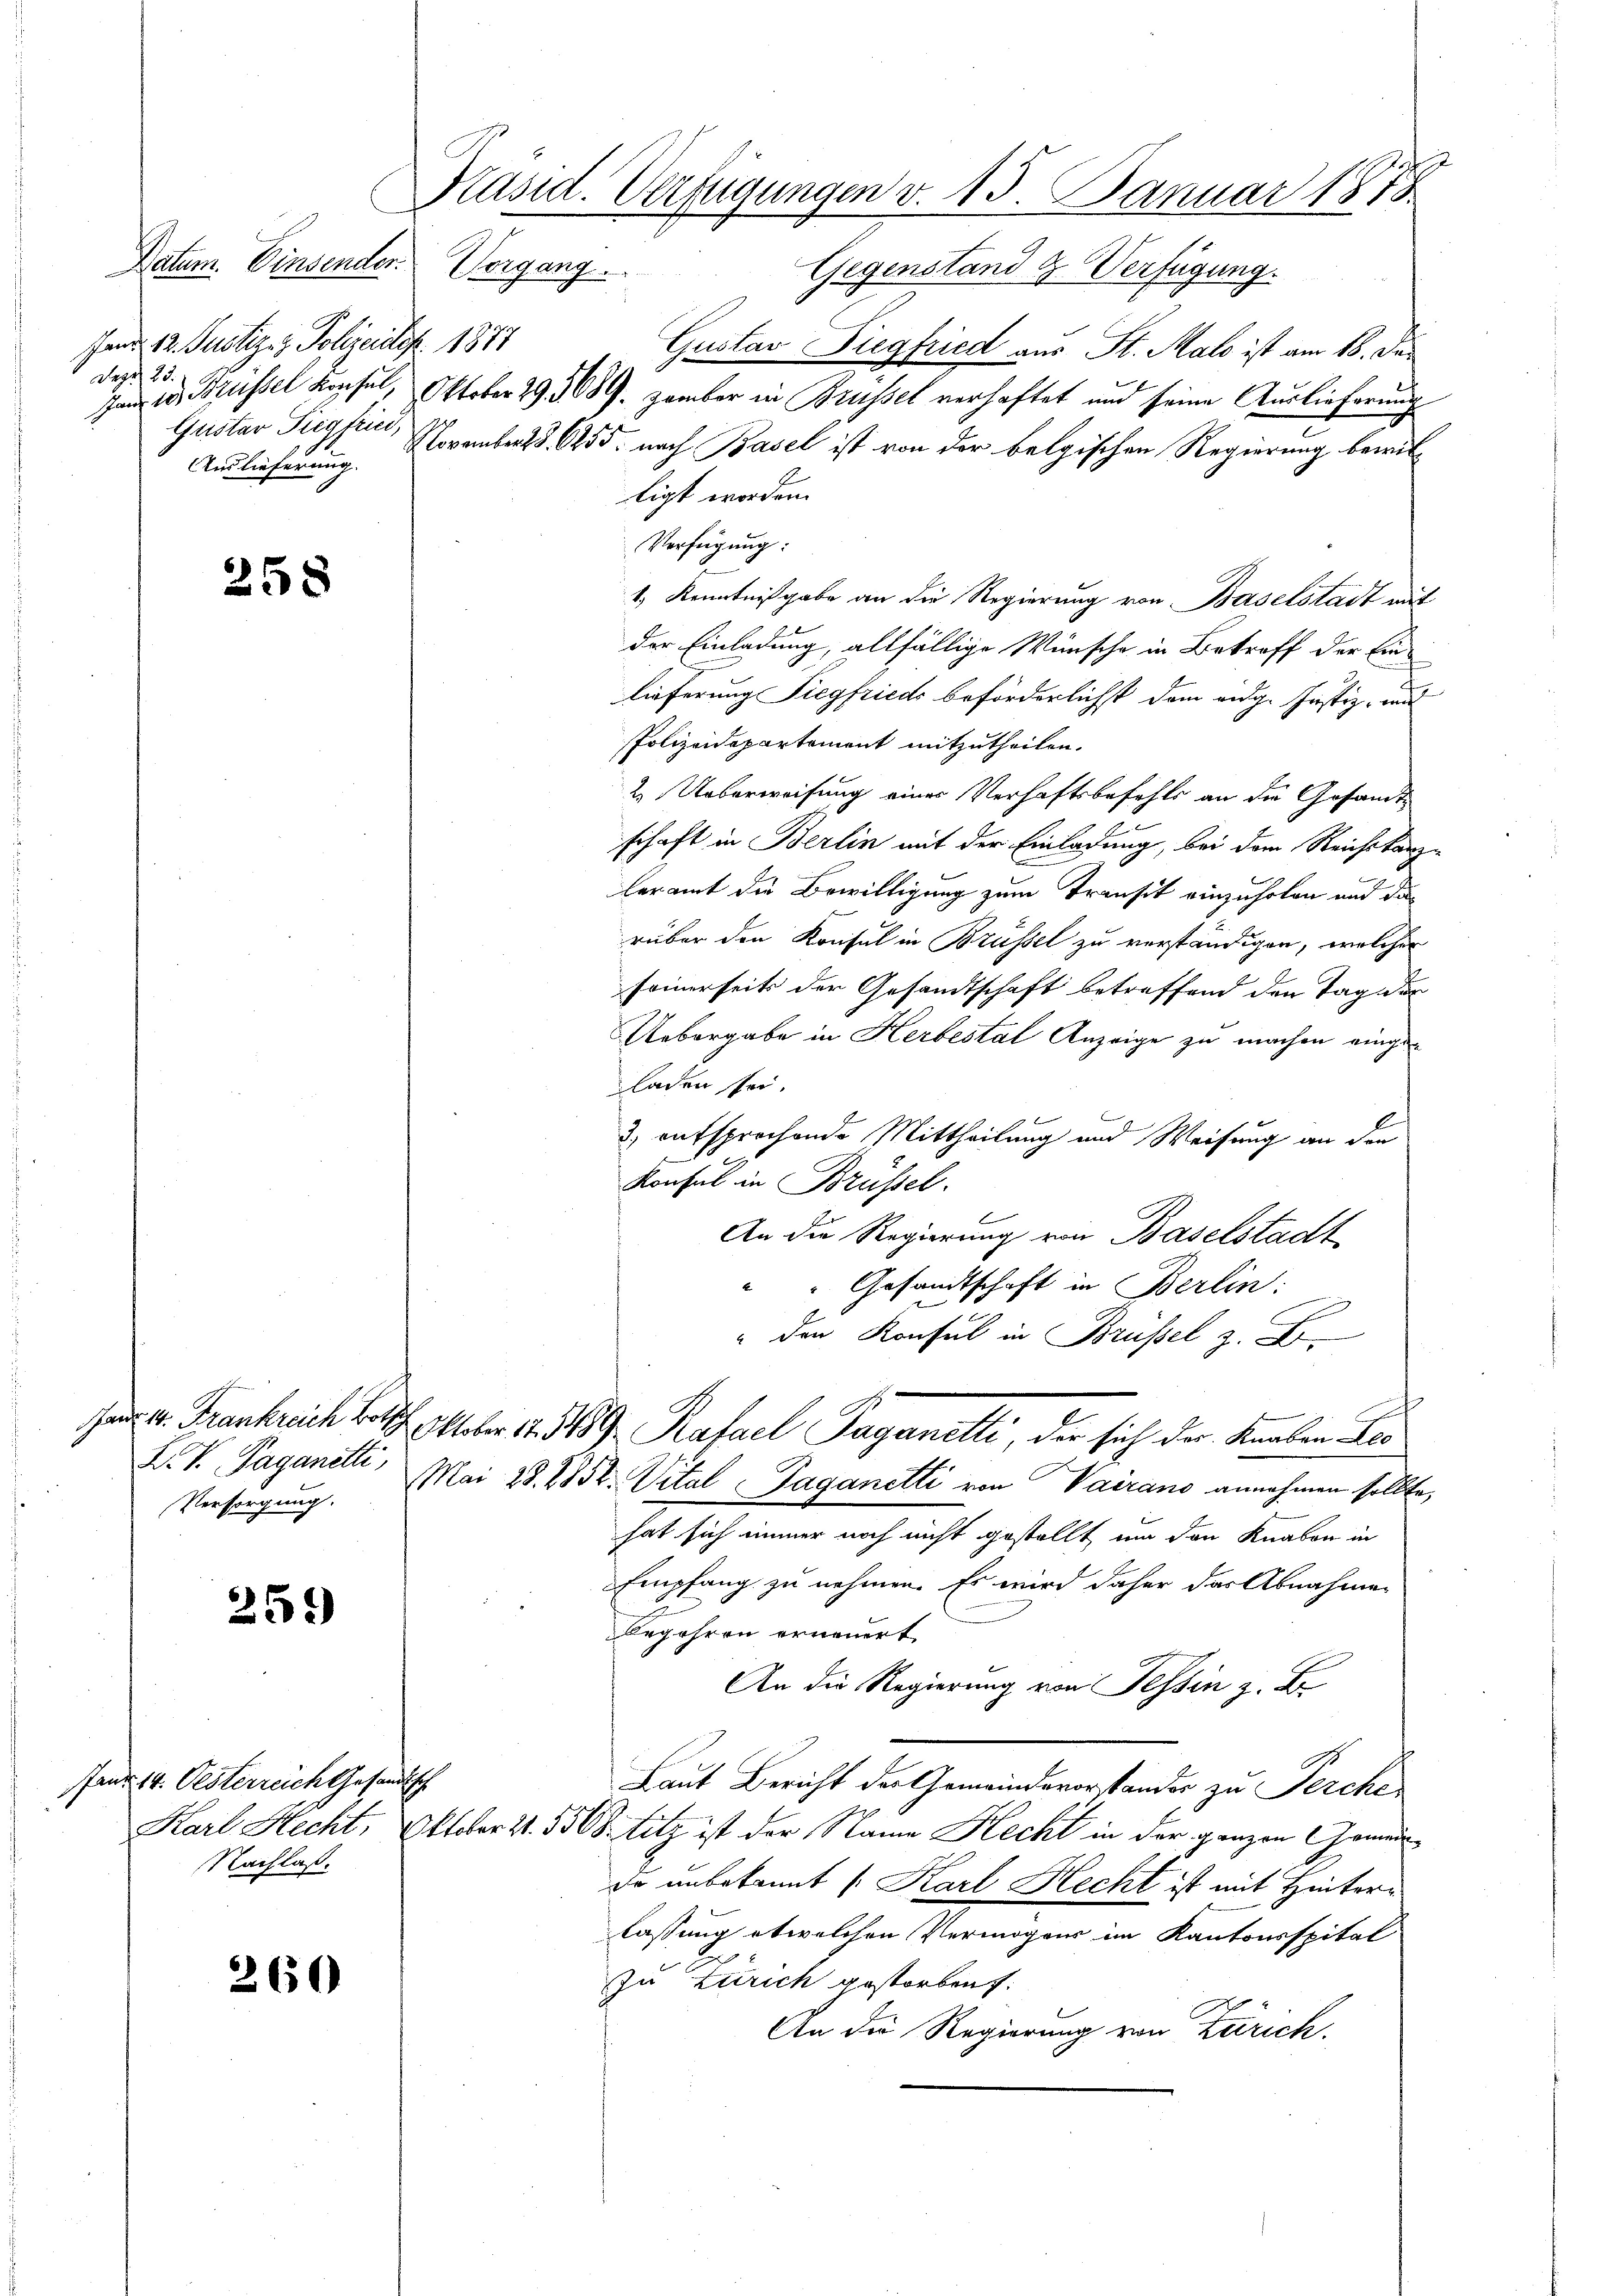
Datum. Einsender. Vergang
Jan. 12. Justiz- & Polizeides 1877
Depot 15.
Jan 10. Brüssel Konsul,
Auslieferung.

258

Versorgung.

259

fand 14. Oesterreich Gesandtsch
Nachlaß.

2650

Präsid. Verfügungen v. 15. Januar 1878

Gegenstand H. Verfügung.
Gustav Diegfried aus St. Malo ist am 18. De¬
Oktober 29. 1089. Zamber in Brüssel verhaftet und seine Auslieferung
Gustav Siegfri, November d. 255. nach Basel ist von der belgischen Regierung bewilligt worden.
Verfügung:
1.) Kenntnißgabe an die Regierung von Baselstadt mit
der Einladung, allfällige Wünsche in Betreff der Einlieferung Siegfrieds beförderlichst dem eidg. Justiz- und
Polizeidepartement mitzutheilen.
2. Ueberweisung eines Verhaftsbefehls an die Gesandte
schaft in Berlin mit der Einladung, bei dem Reichskanz
leramt die Bewilligung zum Transit einzuholen und die
rüber den Konsul in Brüssel zu verständigen, welcher
seinerseits der Gesandtschaft betreffend den Tag der
Uebergabe in Herbestal Anzeige zu machen eingeladen sei.
l
3) entsprochende Mittheilung und Weisung an den
Konsul in Brüssel.
An die Regierung von Baselstadt
" " Gesandtschaft in Berlin:
" den Konsul in Brüssel z. B.
Ja v. Frankreich bis 11 br. 1. 489 Rafael Paganelli, der sich der Knaben des
L. V. Paganetti, Mai 28. 8852. Vital-Taganetti von Vairano annehmen sollte,
hat sich immer noch nicht gestellt, um den Knaben in
Empfang zu nehmen. Es wird daher das Abnahmen
2
Begehren erneuert.
An die Regierung von Tessin z. B.
Laut Bericht der Gemeindevorstander zu Perche
Karl Hecht, Oktober 21. 5508. litz ist der Name Hecht in der ganzen Grunddo unbekannt (Karl Recht ist mit Hinterlassung etwelchen Vermögens im Kantonsspital
zu Zürich gestorbent.
An die Regierung von Zürich.